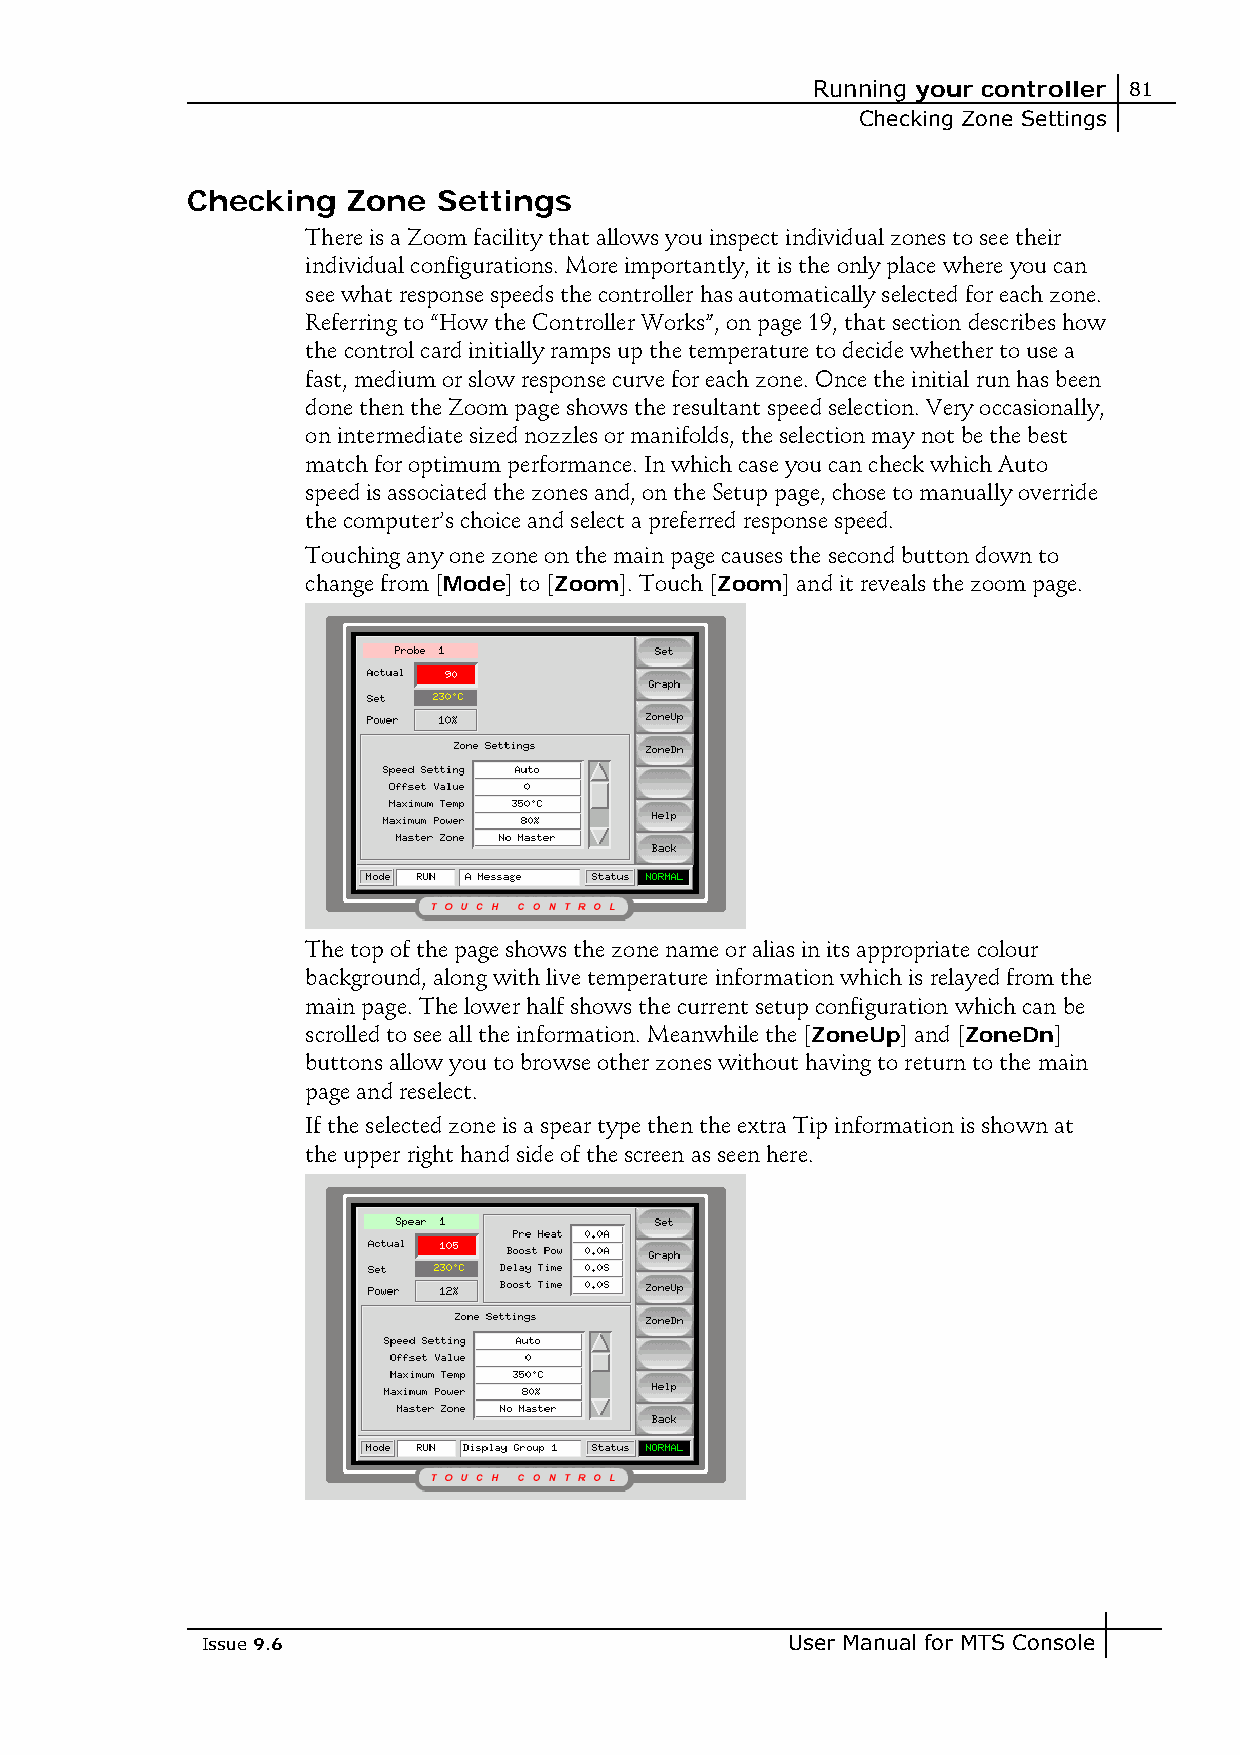
Running your controller 81
 Checking Zone Settings
 Checking   Zone  Settings
 There is a Zoom facility that allows you inspect individual zones to see their
 individual configurations. More importantly, it is the only place where you can
 see what response speeds the controller has automatically selected for each zone.
 Referring to “How the Controller Works”, on page 19, that section describes how
 the control card initially ramps up the temperature to decide whether to use a
 fast, medium or slow response curve for each zone. Once the initial run has been
 done then the Zoom page shows the resultant speed selection. Very occasionally,
 on intermediate sized nozzles or manifolds, the selection may not be the best
 match for optimum performance. In which case you can check which Auto
 speed is associated the zones and, on the Setup page, chose to manually override
 the computer’s choice and select a preferred response speed.
 Touching any one zone on the main page causes the second button down to
 change from [Mode] to [Zoom]. Touch [Zoom] and it reveals the zoom page.
 The top of the page shows the zone name or alias in its appropriate colour
 background, along with live temperature information which is relayed from the
 main page. The lower half shows the current setup configuration which can be
 scrolled to see all the information. Meanwhile the [ZoneUp] and [ZoneDn]
 buttons allow you to browse other zones without having to return to the main
 page and reselect.
 If the selected zone is a spear type then the extra Tip information is shown at
 the upper right hand side of the screen as seen here.
 Issue 9.6                              User Manual for MTS Console